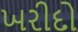
ખરીદો